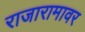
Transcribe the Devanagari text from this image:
राजारामावर